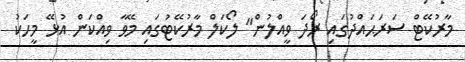
މާރުކޭޓް ސަރަޙައްދުގައި ރޯދަ ވީއްލުން" ލޯކަލް މާރުކޭޓުގައި މޭވާ ވިއްކަން އުޅޭ މީހަކު